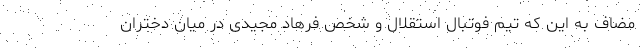
مضاف به این که تیم فوتبال استقلال و شخص فرهاد مجیدی در میان دختران